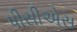
પીસીએસ